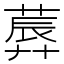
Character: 𦸳